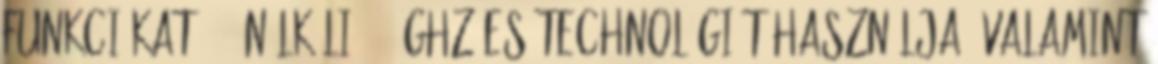
funkciókat . . nélküli 2,4 GHz-es technológiát használja, valamint